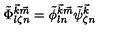
\tilde { \Phi } _ { l \zeta n } ^ { { \vec { k } } { \vec { m } } } = \tilde { \phi } _ { l n } ^ { { \vec { k } } { \vec { m } } } \tilde { \psi } _ { \zeta n } ^ { { \vec { k } } }